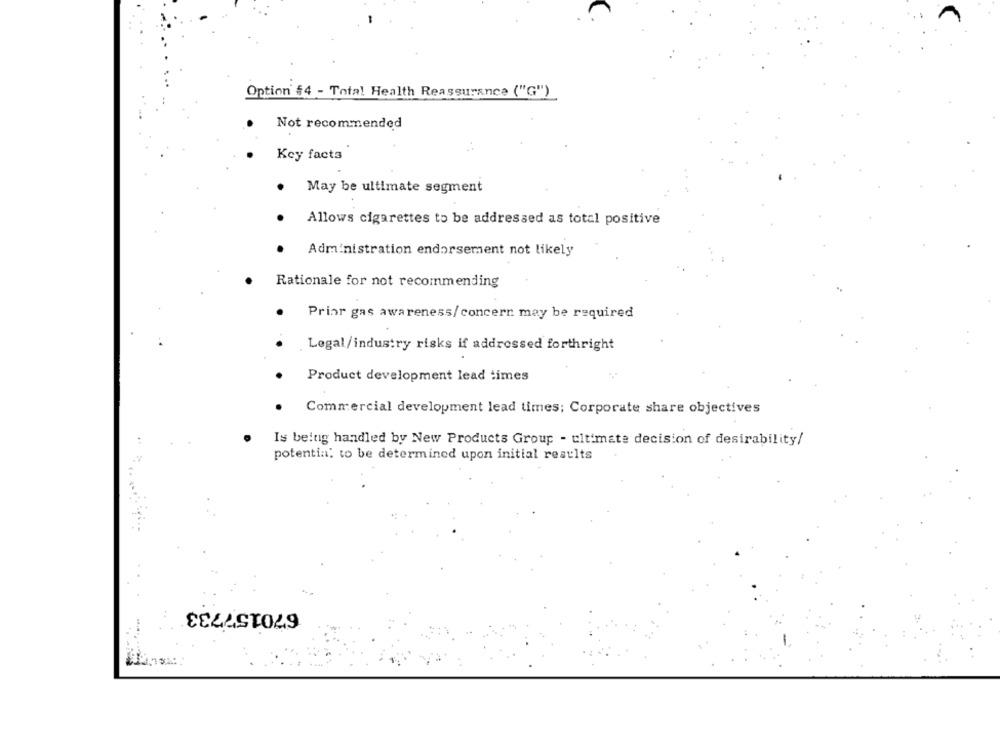
Option $4 - Total Health Reassurance ("G")
Not recommended
Key facts
.
May be ultimate segment
Allows cigarettes to be addressed as total positive
Administration endorsement not likely
Rationale for not recommending
Prior gas awareness/concern may be required
. Legal/industry risks if addressed forthright
Product development lead times
Commercial development lead times; Corporate share objectives
Is being handled by New Products Group - ultimate decision of desirability/
potentia, to be determined upon initial results
670157733